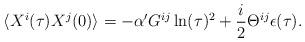
LaTeX: \begin{align*}\langle X^i(\tau)X^j(0)\rangle = -\alpha' G^{ij} \ln(\tau)^2 +\frac{i}{2}\Theta ^{ij} \epsilon (\tau).\end{align*}